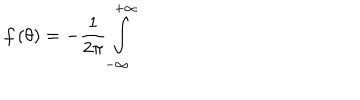
f \left( \theta \right) = - \frac { 1 } { 2 \pi } \int _ { - \infty } ^ { + \infty }